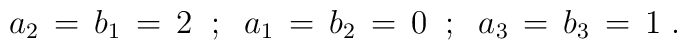
a_2\,=\,b_1\,=\,2 \;\; ; \;\; a_1\,=\,b_2\,=\,0 \;\;;\;\;a_3\,=\,b_3\,=\,1\;.